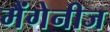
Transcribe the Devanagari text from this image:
मैंगेनीज